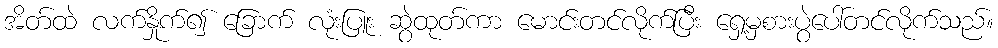
အိတ်ထဲ လက်နှိုက်၍ ခြောက် လုံးပြူး ဆွဲထုတ်ကာ မောင်းတင်လိုက်ပြီး ရှေ့မှစားပွဲပေါ်တင်လိုက်သည်။